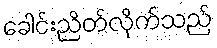
ခေါင်းညိတ်လိုက်သည်